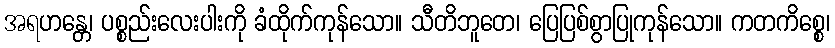
အရဟန္တေ၊ ပစ္စည်းလေးပါးကို ခံထိုက်ကုန်သော။ သီတိဘူတေ၊ ပြေပြစ်စွာပြုကုန်သော။ ကတကိစ္စေ၊